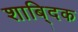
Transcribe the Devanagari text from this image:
शाबि्दक